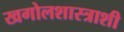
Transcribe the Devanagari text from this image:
खगोलशास्त्राशी